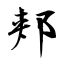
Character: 郏